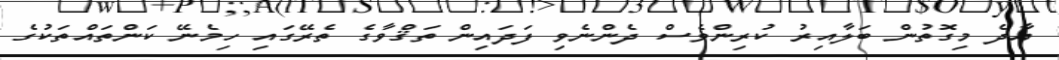
އާދެ މިގޮތުން ބަލާއިރު ކުރިންވެސް ދެންނެވި ފަދައިން ތަޤްވާގެ ތެރޭގައި ހިމެނޭ ކަންތައްތަކުގެ